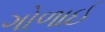
ગોળાઈ